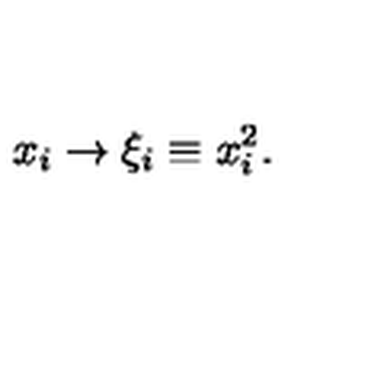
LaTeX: x _ { i } \rightarrow \xi _ { i } \equiv x _ { i } ^ { 2 } .